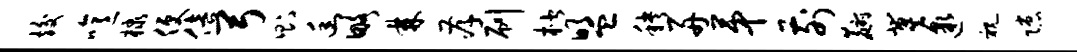
竣噫棣便倍弓则幽略棘孝刷楷盟秧舟第前麝冀邈视隙